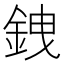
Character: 𫒗